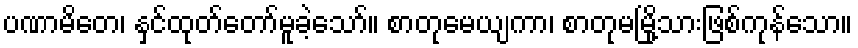
ပဏာမိတေ၊ နှင်ထုတ်တော်မူခဲ့သော်။ စာတုမေယျကာ၊ စာတုမမြို့သားဖြစ်ကုန်သော။